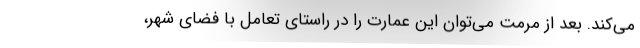
می‌کند. بعد از مرمت می‌توان این عمارت را در راستای تعامل با فضای شهر،